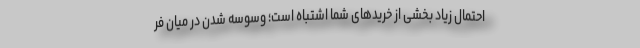
احتمال زیاد بخشی از خرید‌های شما اشتباه است؛ وسوسه شدن در میان فر